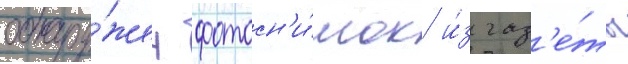
обнару́жен фотосн'и́мок и́з газ'е́ты